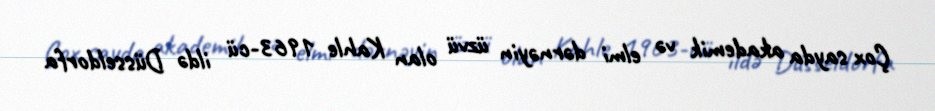
Çox sayda akademik və elmi dərnəyin üzvü olan Kahle 1963-cü ildə Düsseldorfa